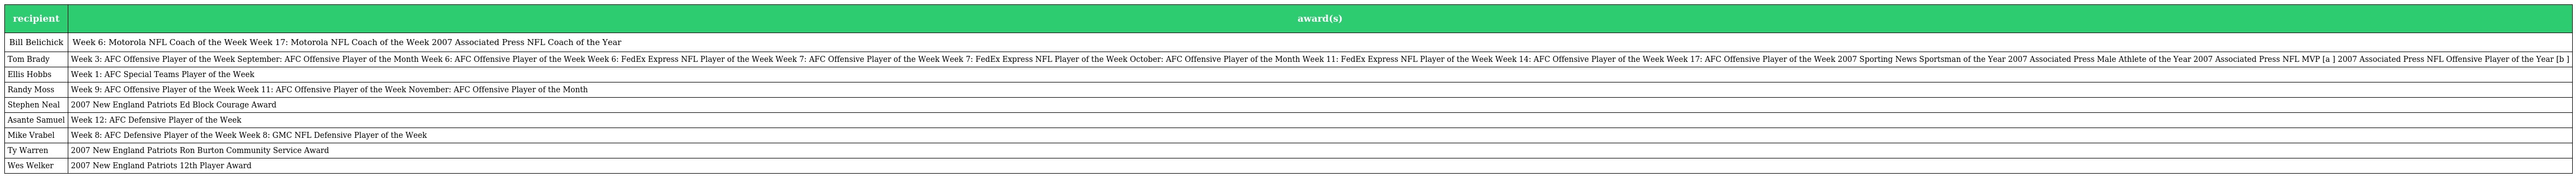
| recipient | award(s) |
 | --- | --- |
 | Bill Belichick | Week 6: Motorola NFL Coach of the Week Week 17: Motorola NFL Coach of the Week 2007 Associated Press NFL Coach of the Year |
 | Tom Brady | Week 3: AFC Offensive Player of the Week September: AFC Offensive Player of the Month Week 6: AFC Offensive Player of the Week Week 6: FedEx Express NFL Player of the Week Week 7: AFC Offensive Player of the Week Week 7: FedEx Express NFL Player of the Week October: AFC Offensive Player of the Month Week 11: FedEx Express NFL Player of the Week Week 14: AFC Offensive Player of the Week Week 17: AFC Offensive Player of the Week 2007 Sporting News Sportsman of the Year 2007 Associated Press Male Athlete of the Year 2007 Associated Press NFL MVP [a ] 2007 Associated Press NFL Offensive Player of the Year [b ] |
 | Ellis Hobbs | Week 1: AFC Special Teams Player of the Week |
 | Randy Moss | Week 9: AFC Offensive Player of the Week Week 11: AFC Offensive Player of the Week November: AFC Offensive Player of the Month |
 | Stephen Neal | 2007 New England Patriots Ed Block Courage Award |
 | Asante Samuel | Week 12: AFC Defensive Player of the Week |
 | Mike Vrabel | Week 8: AFC Defensive Player of the Week Week 8: GMC NFL Defensive Player of the Week |
 | Ty Warren | 2007 New England Patriots Ron Burton Community Service Award |
 | Wes Welker | 2007 New England Patriots 12th Player Award |